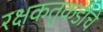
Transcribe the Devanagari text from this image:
रक्षकतुकडीचे